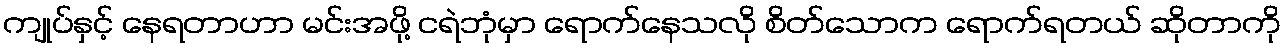
ကျုပ်နှင့် နေရတာဟာ မင်းအဖို့ ငရဲဘုံမှာ ရောက်နေသလို စိတ်သောက ရောက်ရတယ် ဆိုတာကို